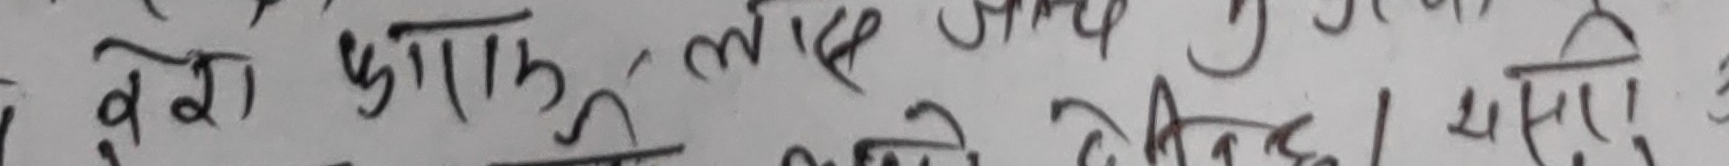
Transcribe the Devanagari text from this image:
वेवा माफ लुइले जन्मे पिर दिइरहेछ । मसिनो